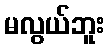
မလွယ်ဘူး